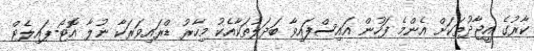
ކާރުގެ އީޖާދުތަކަށް އެންމެ ފަހުން އައިސްފައިވާ ބަދަލުތަކާއެކު މިހާރު ޑްރައިވަރަކާ ނުލާ އޮޓޯ-ޕައިލެޓް